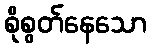
စိုစွတ်နေသော